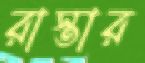
রাস্তার